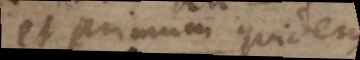
et primum quidem